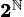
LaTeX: \scriptstyle\mathbf{2}^{\mathbb{N}}